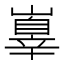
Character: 𡽕